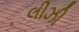
લીઝી